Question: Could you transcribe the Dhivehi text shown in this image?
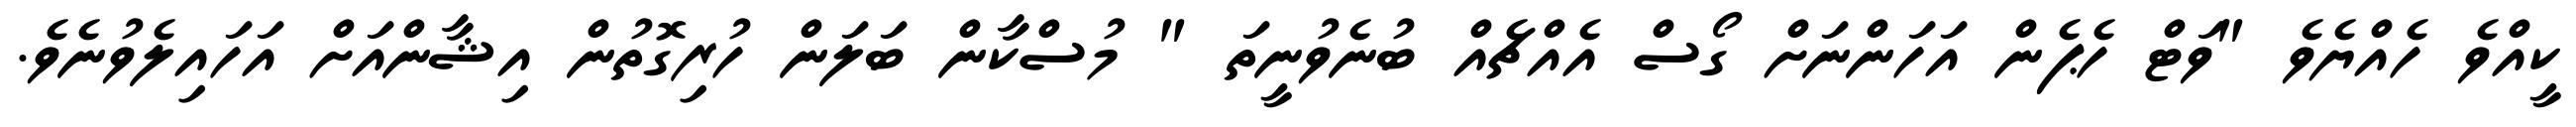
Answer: ކީއްވެ ހެއްޔެވެ "ވަޓް ހެޕެން އަހަންނަށް ގޯސް އެއްޗެއް ބުނެވުނީތަ " މުސްކާން ބަލަން ހުރިގޮތުން އިޝާންއަށް އަހައިލެވުނެވެ.